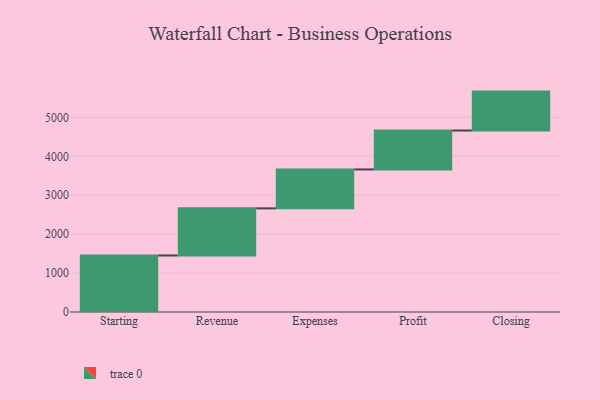
{"axis": {"x": "Step", "y": "Value"}, "legend": [""], "data": [{"x": "Starting", "y": 1452.0, "type": ""}, {"x": "Revenue", "y": 1211.0, "type": ""}, {"x": "Expenses", "y": 1000, "type": ""}, {"x": "Profit", "y": 1000, "type": ""}, {"x": "Closing", "y": 1000, "type": ""}]}